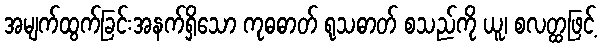
အမျက်ထွက်ခြင်းအနက်ရှိသော ကုဓဓာတ် ရုသဓာတ် စသည်ကို ယူ၊ စလတ္ထဖြင့်